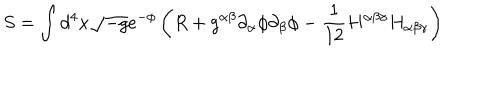
S = \int d ^ { 4 } x \sqrt { - g } e ^ { - \phi } \left( R + g ^ { \alpha \beta } \partial _ { \alpha } \phi \partial _ { \beta } \phi - \frac 1 { 1 2 } H ^ { \alpha \beta \gamma } H _ { \alpha \beta \gamma } \right)